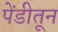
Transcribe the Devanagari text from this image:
पेंडीतून